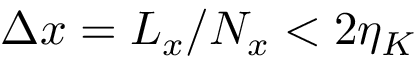
\Delta x = L _ { x } / N _ { x } < 2 \eta _ { K }